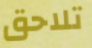
تلاحق